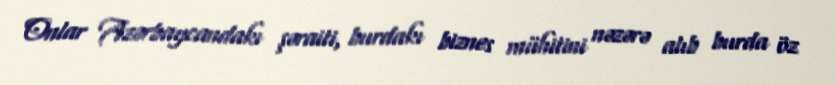
Onlar Azərbaycandakı şəraiti, burdakı biznes mühitini nəzərə alıb burda öz